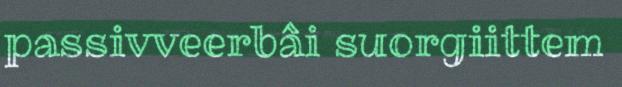
passivveerbâi suorgiittem